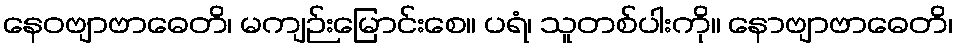
နေဝဗျာဗာဓေတိ၊ မကျဉ်းမြောင်းစေ။ ပရံ၊ သူတစ်ပါးကို။ နောဗျာဗာဓေတိ၊